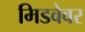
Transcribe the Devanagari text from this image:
मिडवेवर